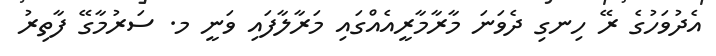
އެދުވަހުގެ ރޭ ހިނގި ދެވަނަ މާރާމާރީއެއްގައި މަރާލާފައި ވަނީ މ. ސަރުމާގޭ ފާތިރު